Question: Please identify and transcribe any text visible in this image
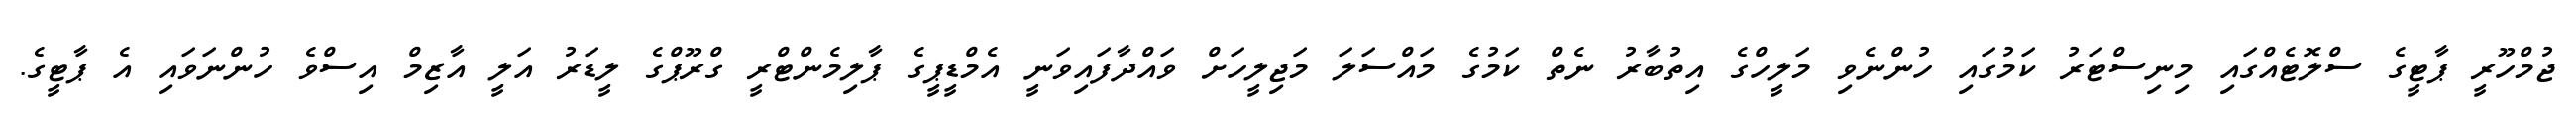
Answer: ޖުމްހޫރީ ޕާޓީގެ ސްލޮޓެއްގައި މިނިސްޓަރު ކަމުގައި ހުންނެވި މަލީހްގެ އިތުބާރު ނެތް ކަމުގެ މައްސަލަ މަޖިލީހަށް ވައްދާފައިވަނީ އެމްޑީޕީގެ ޕާލިމެންޓްރީ ގްރޫޕްގެ ލީޑަރު އަލީ އާޒިމް އިސްވެ ހުންނަވައި އެ ޕާޓީގެ.